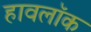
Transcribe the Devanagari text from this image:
हावलॉक